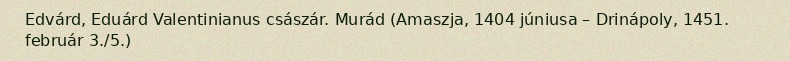
Edvárd, Eduárd Valentinianus császár. Murád (Amaszja, 1404 júniusa – Drinápoly, 1451. február 3./5.)